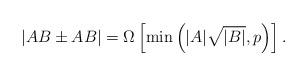
LaTeX: \begin{align*} |AB\pm AB|=\Omega\left[\min\left(|A|\sqrt{|B|},p\right)\right].\end{align*}